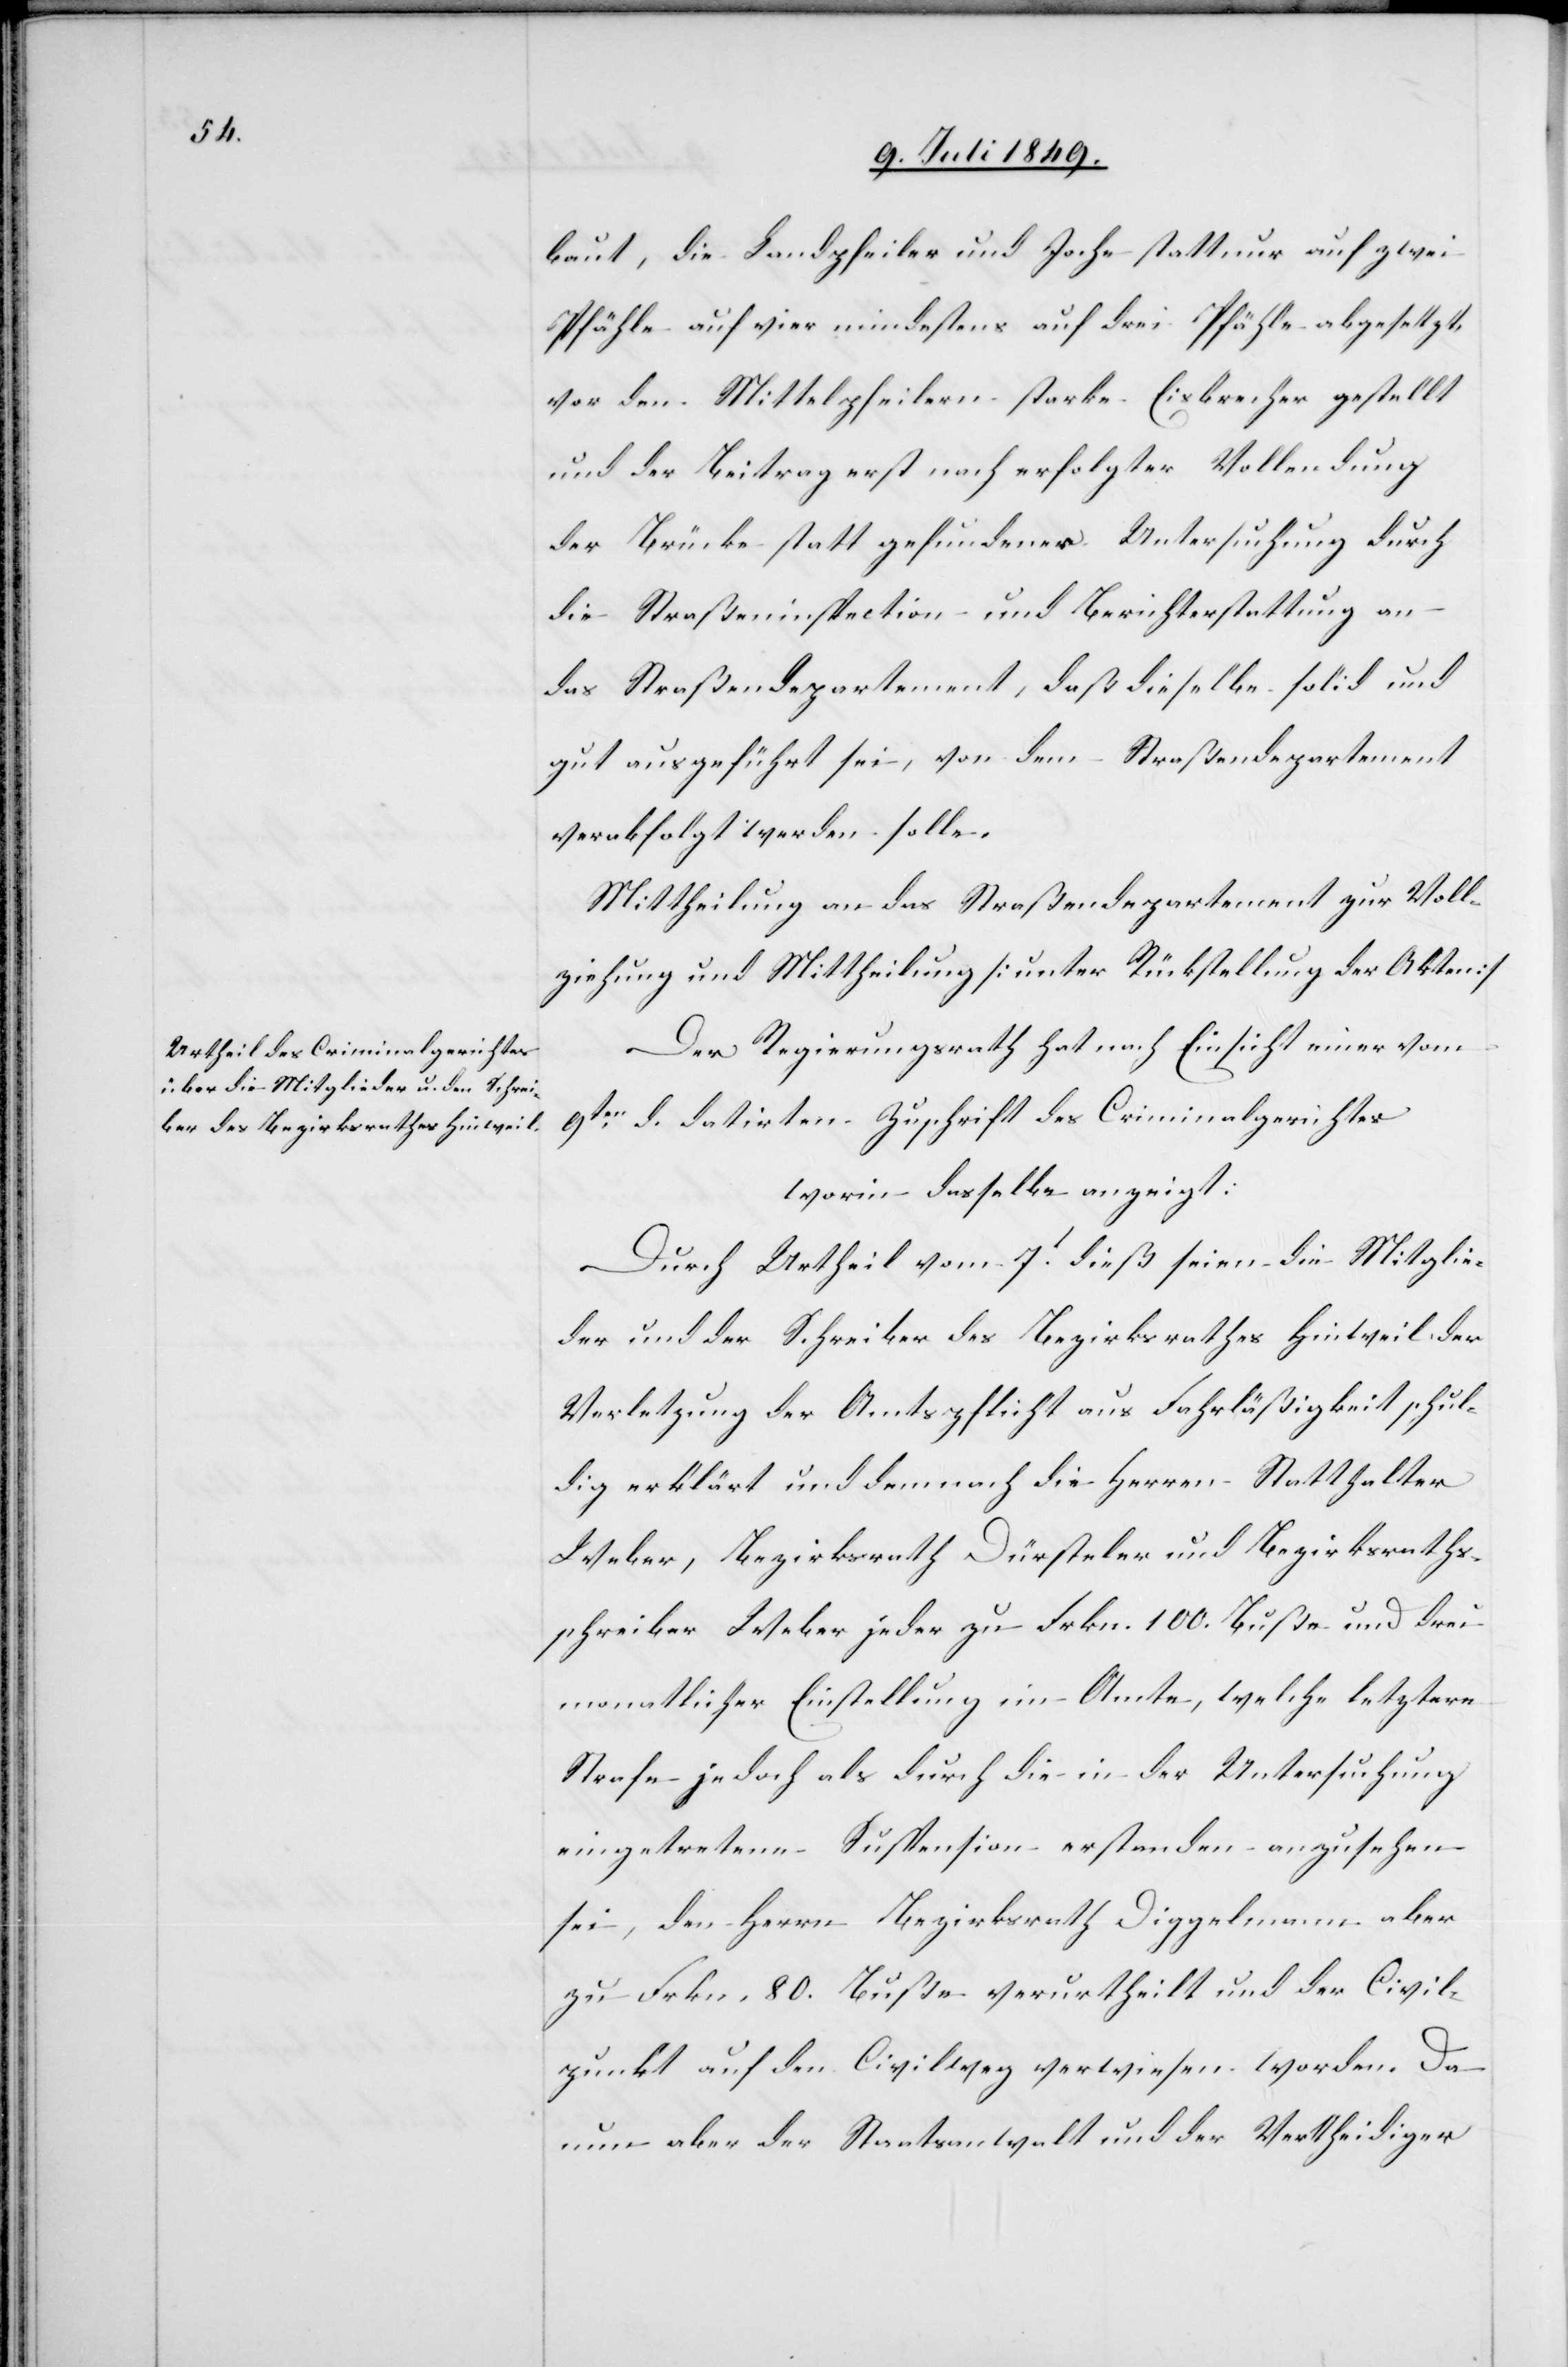
baut, die Landpfeiler und Joche statt nur auf zwei
Pfähle auf vier[,] mindestens auf drei Pfähle abgesetzt,
vor den Mittelpfeilern starke Eisbrecher gestellt
und der Beitrag erst nach erfolgter Vollendung
der Brücke statt gefundener Untersuchung durch
die Straßeninspection und Berichterstattung an
das Straßendepartement, daß dieselbe solid und
gut ausgeführt sei, von dem Straßendepartement
verabfolgt werden solle.
Mittheilung an das Straßendepartement zur Voll¬
ziehung und Mittheilung [unter Rückstellung der Akten][.]
Der Regierungsrath hat nach Einsicht einer vom
9ten d. datirten Zuschrift des Criminalgerichtes
worin dasselbe anzeigt:
Durch Urtheil vom 7t dieß seien die Mitglie¬
der und der Schreiber des Bezirksrathes Hinweil der
Verletzung der Amtspflicht aus Fahrläßigkeit schul¬
dig erklärt und demnach die Herren Statthalter
Weber, Bezirksrath Dürsteler und Bezirksraths¬
schreiber Weber jeder zu Frkn. 100. Buße und drei
monatlicher Einstellung im Amte, welche letztere
Strafe jedoch als durch die in der Untersuchung
eingetretene Suspension erstanden anzusehen
sei, den Herrn Bezirksrath Diggelmann aber
zu Frkn. 80. Buße verurtheilt und der Civil¬
punkt auf den Civilweg verwiesen worden. Da
nun aber Staatsanwalt und der Vertheidiger